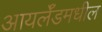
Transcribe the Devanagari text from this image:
आयर्लॅडमधील